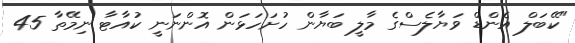
"ކޭބަލް އެންޑް ވަޔާލެސްގެ މާލީ ބަޔާން ހުށަހަޅަން އޮންނަނީ ކުއާޓާ ނިމޭތާ 45